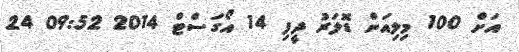
އަށް 100 މިލިއަން ޑޮލަރު ދީފި 14 އޯގަސްޓް 2014 09:52 24